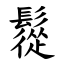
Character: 䰌